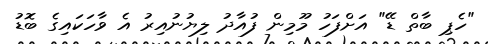
"ހެޕި ބާތް ޑޭ" އަށްފަހު މޫމިން ފުއާދު ލިޔުނުއިރު އެ ވާހަކައިގެ ބޮޑު